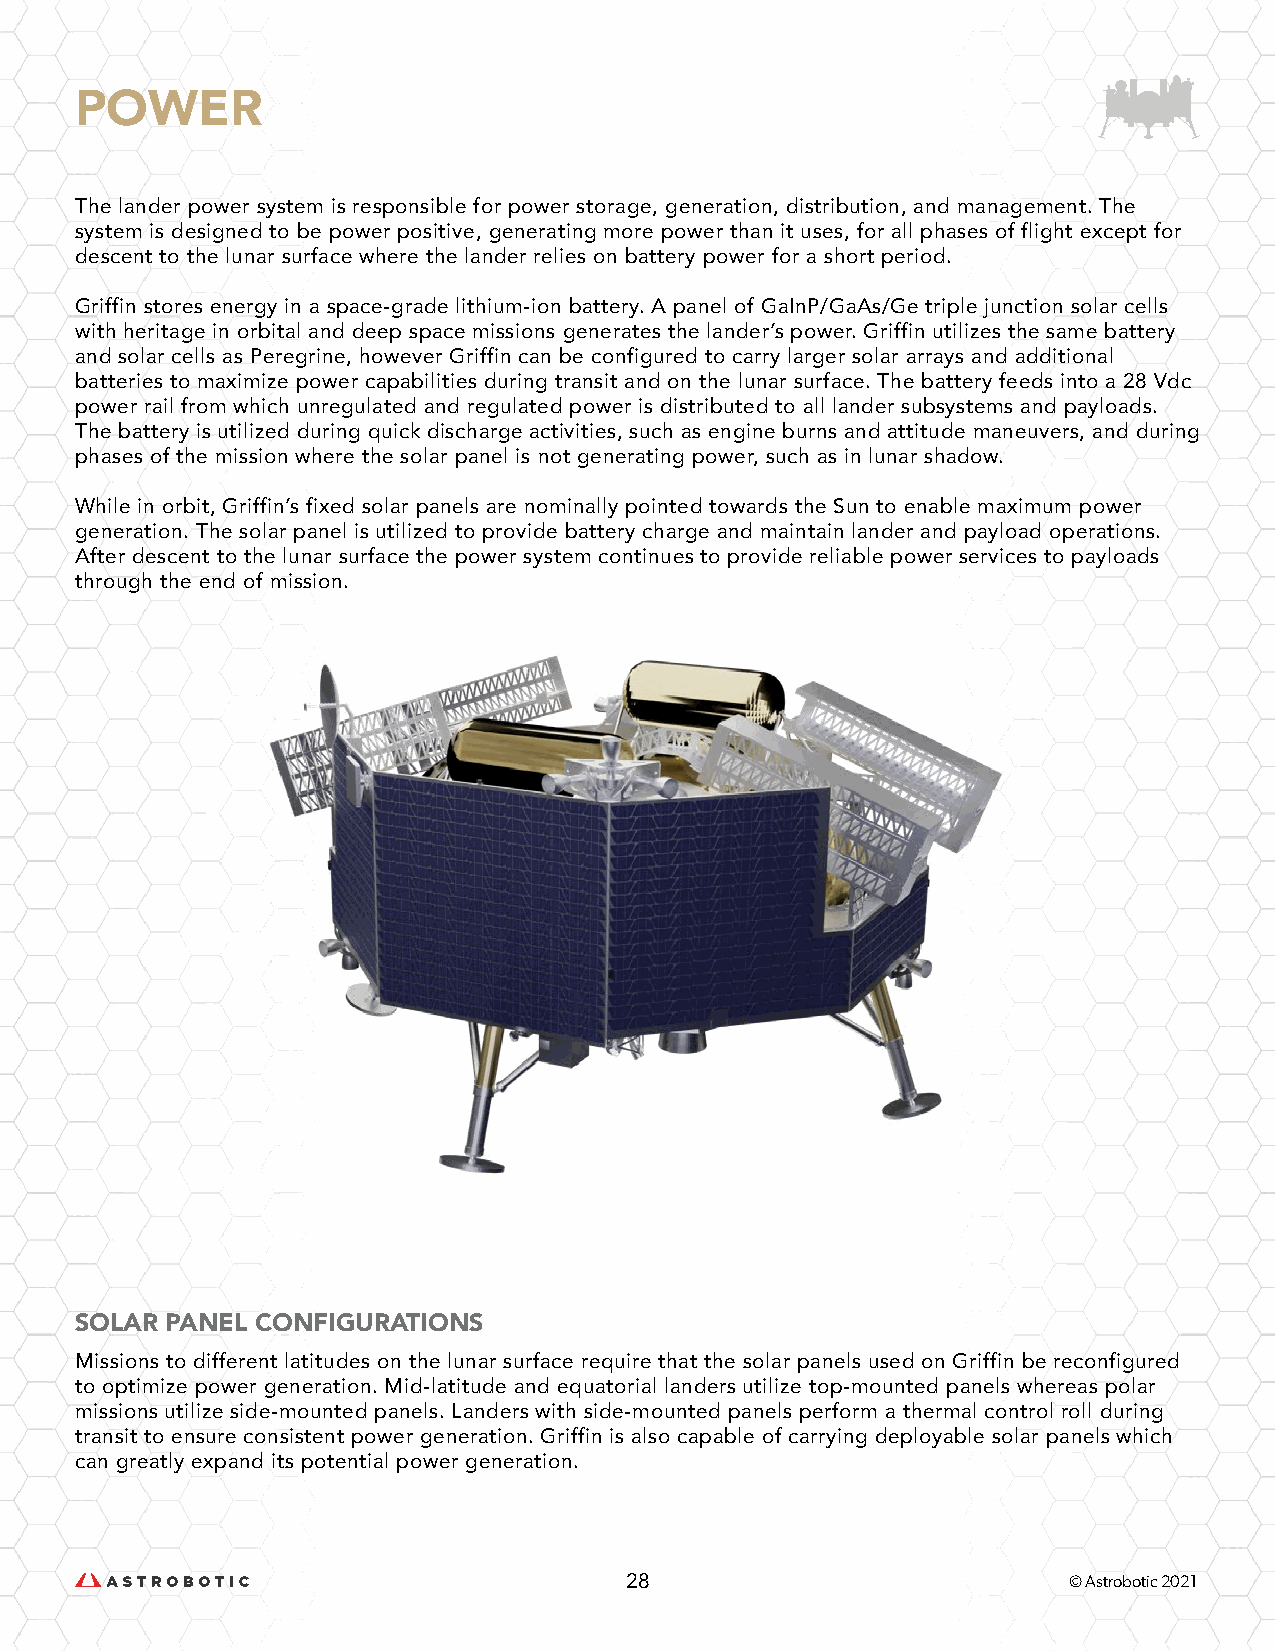
POWER
 The lander power system is responsible for power storage, generation, distribution, and management. The
 system is designed to be power positive, generating more power than it uses, for all phases of flight except for
 descent to the lunar surface where the lander relies on battery power for a short period.
 Griffin stores energy in a space-grade lithium-ion battery. A panel of GaInP/GaAs/Ge triple junction solar cells
 with heritage in orbital and deep space missions generates the lander’s power. Griffin utilizes the same battery
 and solar cells as Peregrine, however Griffin can be configured to carry larger solar arrays and additional
 batteries to maximize power capabilities during transit and on the lunar surface. The battery feeds into a 28 Vdc
 power rail from which unregulated and regulated power is distributed to all lander subsystems and payloads.
 The battery is utilized during quick discharge activities, such as engine burns and attitude maneuvers, and during
 phases of the mission where the solar panel is not generating power, such as in lunar shadow.
 While in orbit, Griffin’s fixed solar panels are nominally pointed towards the Sun to enable maximum power
 generation. The solar panel is utilized to provide battery charge and maintain lander and payload operations.
 After descent to the lunar surface the power system continues to provide reliable power services to payloads
 through the end of mission.
 SOLAR PANEL CONFIGURATIONS
 Missions to different latitudes on the lunar surface require that the solar panels used on Griffin be reconfigured
 to optimize power generation. Mid-latitude and equatorial landers utilize top-mounted panels whereas polar
 missions utilize side-mounted panels. Landers with side-mounted panels perform a thermal control roll during
 transit to ensure consistent power generation. Griffin is also capable of carrying deployable solar panels which
 can greatly expand its potential power generation.
 28                            © Astrobotic 2021